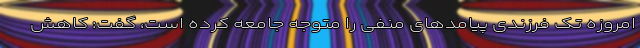
امروزه تک فرزندی پیامدهای منفی را متوجه جامعه کرده است، گفت: کاهش